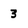
Character: 3